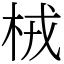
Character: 㭜